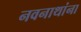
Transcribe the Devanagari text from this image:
नवनाथांना